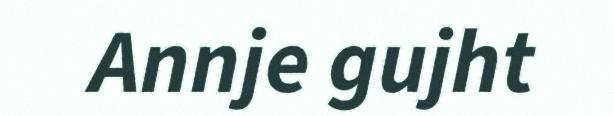
Annje gujht